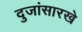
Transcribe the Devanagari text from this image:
दुजांसारखे